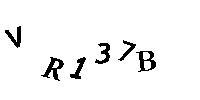
VR137B